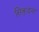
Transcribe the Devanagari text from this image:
सिकुडना